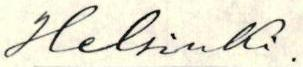
Helsinki.